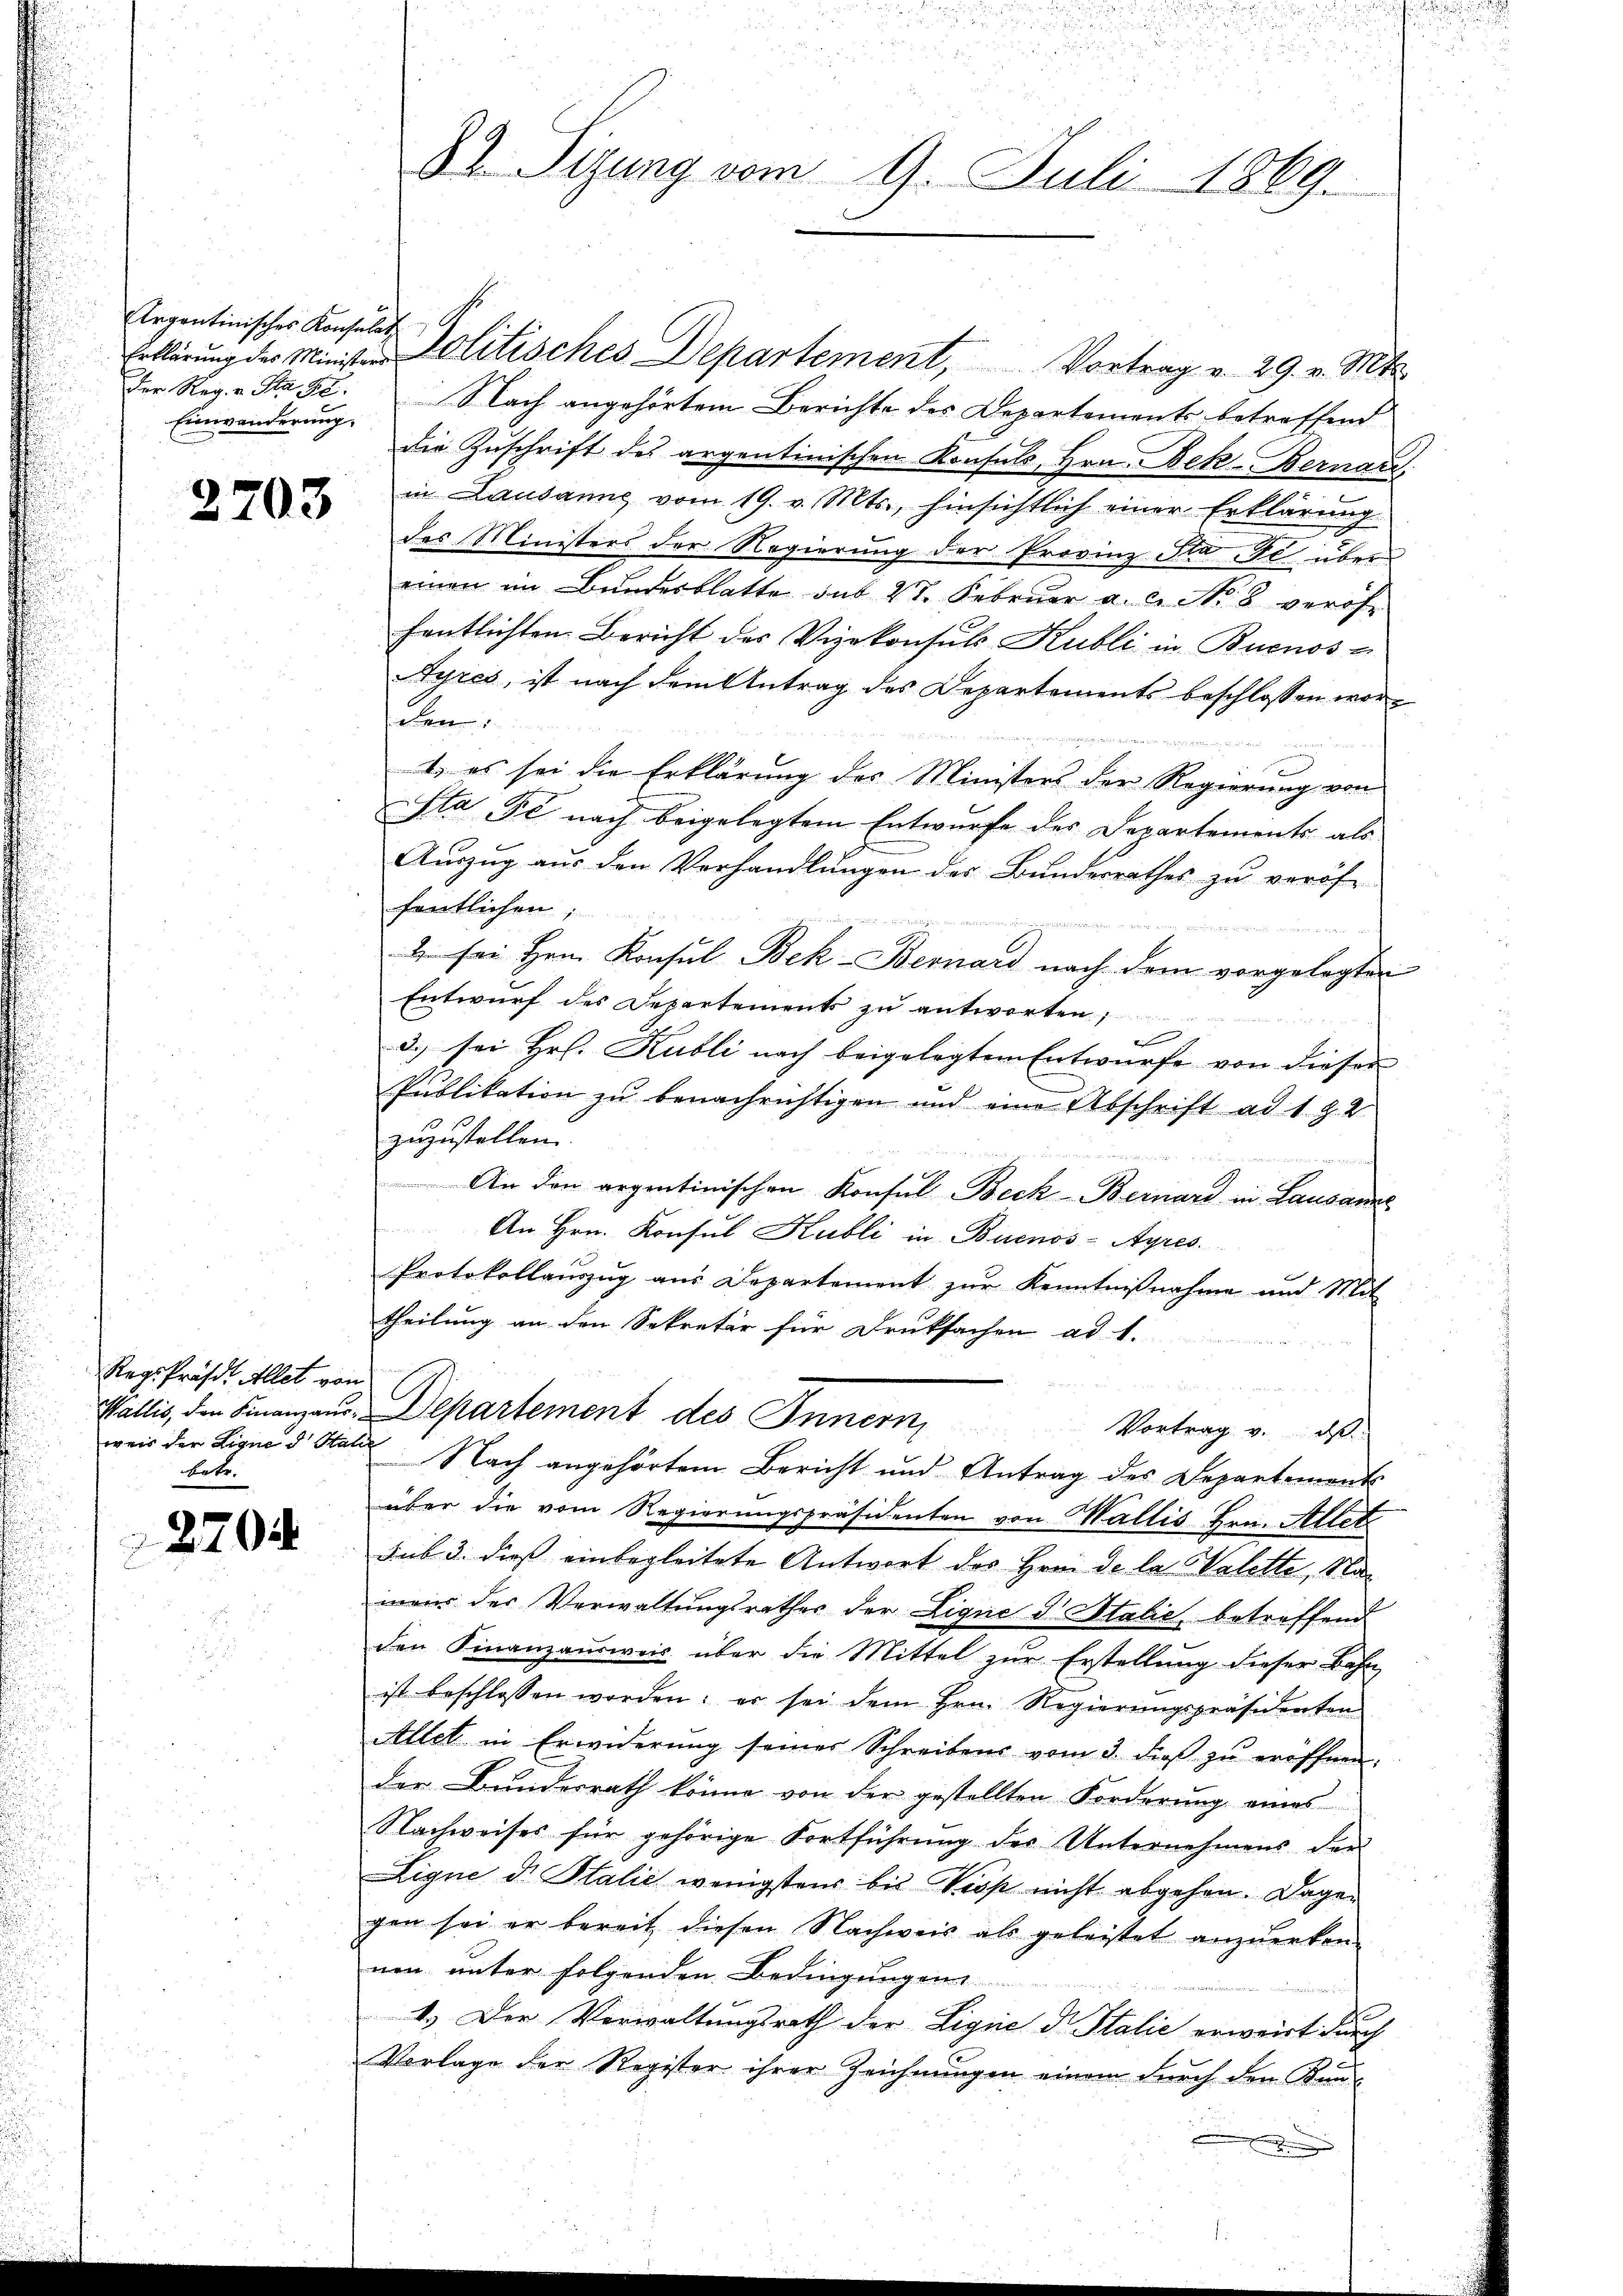
Ergantinisches Konsulat,
Einwänderung.

2703

Regs Präs. Allet von
weis der Ligne d Hal
betr.

2704

82 Sizung vom 9. Juli 1869.

Erklärung der Minister Politisches Departement, Vortrag v. 29. v. Mts.
Der Reg. Str. F. Nach angehörtem Berichte des Departements betreffend
die Zŭschrift des argentinischen Konsuls Hrn. Bek-Bernard
in Lausanne vom 19. v. Mts., hinsichtlich einer Erklärung
des Ministers der Regierung der Provinz Stadt über
einen im Bundesblatte aus 27. Febrŭar a. c. No 8 veröf
fentlichten Bericht des Vizekonsuls Kubli in Buenos-
Ayres, ist nach dem Antrag des Departements beschlossen worden:

2) es sei die Erklärung des Ministers der Regierung von
ta Je nach beigelegtem Entwurfe des Departements als
Aŭszŭg aŭs den Verhandlŭngen des Bŭndesrathes zŭ veröf
fentlichen;

2. sei Hrn. Konsul Bek-Bernard nach dem vorgelegten
Entwurf des Departements zu antworten,
i
3.) sei Hr. Kubli nach beigelegten Entwürfe von dieser
Publikation zu benachrichtigen und eine Abschrift ad 192
zuzustellen.
h
An den argentinischen Konsul Beck-Bernard in Lausanne
An Hrn. Konsul Kubli in Buenos-Ayres.
Protokollauszug aus Departement zur Kenntnißnahme und Mit
theilung an den Sekretär für Druksachen ad 1.
Wallis, den Finanzens-Departement des Innern,
Vortrag v. ds
Nach angehörtem Bericht und Antrag des Departements
über die vom Regierungspräsidenten von Wallis Hrn. Allet
sub 3. dieß einbegleitete Antwort des Hrnn de la Valette, Namens der Verwaltungsrathes der Lique d Italie betreffend
den Finanzausweis über die Mittel zur Erstellung dieser Bahn
ist beschlossen worden: er sei dem Hrn. Regierŭngspräsidenten
Allet in Erwiderung seiner Schreibens vom 3. dieβ zŭ eröffnen.
der Bundesrath könne von der gestellten Forderung eines
Nachweises für gehörige Fortführung des Unternehmens der
Ligne d. Salić wenigstens bis Piss nicht abgehen. Dagegen sei er bereit diesen Nachweis als geleistet anzuerken-
nen unter folgenden Bedingungen
1.) Der Vorwaltungsrath der Ligne dr Italie erweist durch
Vorlage der Register ihrer Zeichnungen einem durch den Kan